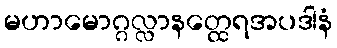
မဟာမောဂ္ဂလ္လာနတ္ထေရအပဒါနံ